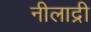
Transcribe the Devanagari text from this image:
नीलाद्री